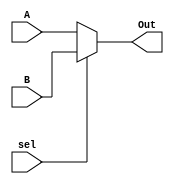
`timescale 1ns / 1ps

module mux(
    input [31:0] A,
    input [31:0] B,
    input sel,
    output  [31:0] Out
);

assign Out = sel? B:A;
endmodule